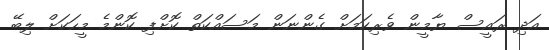
އަދި ރައީސް ޔާމީން ވެރިކަމަށް ގެންނަން މަސައްކަތް ކޮށްފި ކޮންމެ މީހަކަށް ލިބޭ